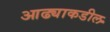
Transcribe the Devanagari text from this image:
आढ्याकडील